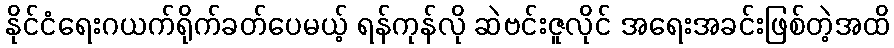
နိုင်ငံရေးဂယက်ရိုက်ခတ်ပေမယ့် ရန်ကုန်လို ဆဲဗင်းဇူလိုင် အရေးအခင်းဖြစ်တဲ့အထိ